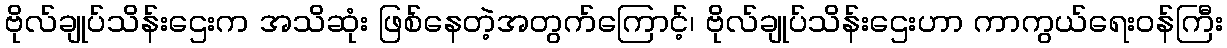
ဗိုလ်ချုပ်သိန်းဌေးက အသိဆုံး ဖြစ်နေတဲ့အတွက်ကြောင့်၊ ဗိုလ်ချုပ်သိန်းဌေးဟာ ကာကွယ်ရေးဝန်ကြီး